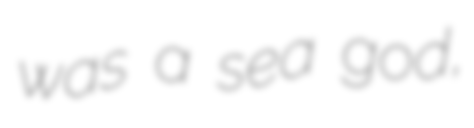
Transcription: was a sea god,